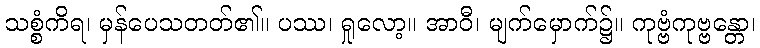
သစ္စံကိရ၊ မှန်ပေသတတ်၏။ ပဿ၊ ရှုလော့။ အာဝီ၊ မျက်မှောက်၌။ ကုဗ္ဗံကုဗ္ဗန္တော၊